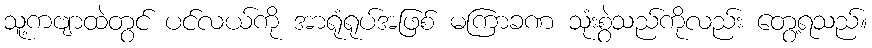
သူ့ကဗျာထဲတွင် ပင်လယ်ကို အာရုံရုပ်အဖြစ် မကြာခဏ သုံးစွဲသည်ကိုလည်း တွေ့ရသည်။